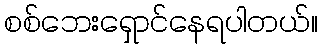
စစ်ဘေးရှောင်နေရပါတယ်။